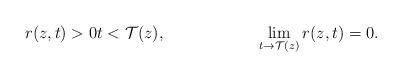
LaTeX: \begin{align*}&r(z,t)>0 t < \mathcal{T}(z), && \lim_{t\to \mathcal{T}(z)} r(z,t)=0.\end{align*}